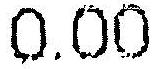
0.00